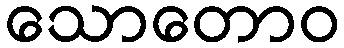
သောတောဝ